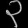
Digit: ၃